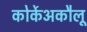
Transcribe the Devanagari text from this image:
कोर्केअकौलू